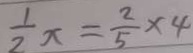
\frac { 1 } { 2 } x = \frac { 2 } { 5 } \times 4